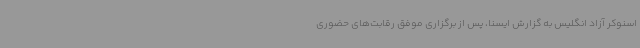
اسنوکر آزاد انگلیس به گزارش ایسنا، پس از برگزاری موفق رقابت‌های حضوری